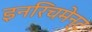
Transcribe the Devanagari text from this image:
इनरिचमेन्ट